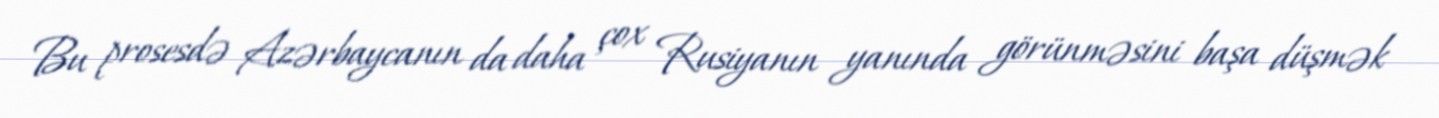
Bu prosesdə Azərbaycanın da daha çox Rusiyanın yanında görünməsini başa düşmək